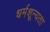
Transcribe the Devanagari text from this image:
धर्मशून्यता